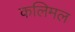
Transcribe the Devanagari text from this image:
कलिमल